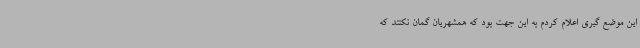
این موضع گیری اعلام کردم به این جهت بود که همشهریان گمان نکنند که